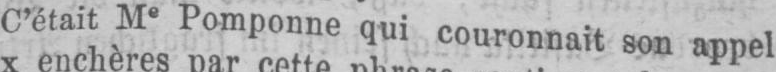
C’était Me Pomponne qui couronnait son appel